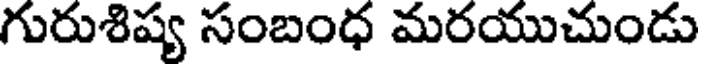
గురుశిష్య సంబంధ మరయుచుండు